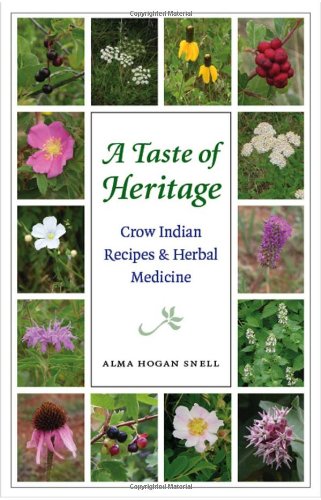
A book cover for A Taste of Heritage: Crow Indian Recipes and Herbal Medicines (At Table); Alma Hogan Snell; Cookbooks, Food & Wine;